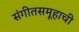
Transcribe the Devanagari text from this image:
संगीतसमूहाची